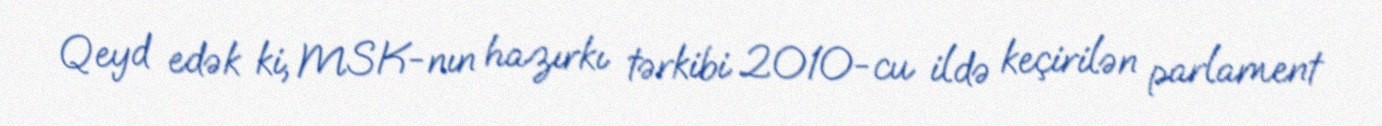
Qeyd edək ki, MSK-nın hazırkı tərkibi 2010-cu ildə keçirilən parlament